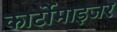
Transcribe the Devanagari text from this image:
कार्टोमाइजर